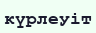
күрлеуіт